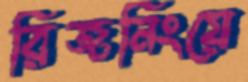
রিজনিংয়ে